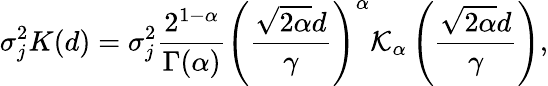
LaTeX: \sigma_{j}^{2}K(d)=\sigma_{j}^{2}\frac{2^{1-\alpha}}{\Gamma(\alpha)}\left(\frac{\sqrt{2\alpha}d}{\gamma}\right)^{\alpha}\mathcal{K}_{\alpha}\left(\frac{\sqrt{2\alpha}d}{\gamma}\right),